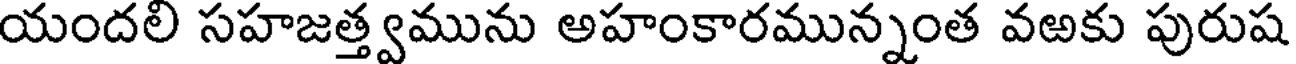
యందలి సహజత్త్వమును అహంకారమున్నంత వఱకు పురుష